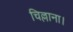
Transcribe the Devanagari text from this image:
चिल्लाना।